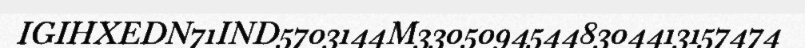
IGIHXEDN71IND5703144M33050945448304413157474